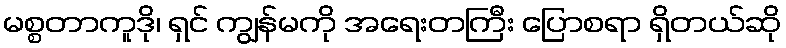
မစ္စတာကူဒို၊ ရှင် ကျွန်မကို အရေးတကြီး ပြောစရာ ရှိတယ်ဆို